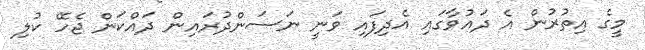
މީގެ އިތުރުން އެ ދައުވާގައި އެދިފައި ވަނީ ނަސަންދުރައިން ދައްކަން ޖެހޭ ކުލި